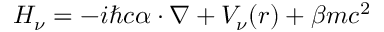
H _ { \nu } = - i \hbar c \boldsymbol \alpha \cdot \nabla + V _ { \nu } ( r ) + \beta m c ^ { 2 }